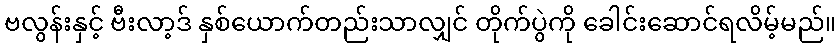
ဗလွန်းနှင့် ဗီးလာ့ဒ် နှစ်ယောက်တည်းသာလျှင် တိုက်ပွဲကို ခေါင်းဆောင်ရလိမ့်မည်။